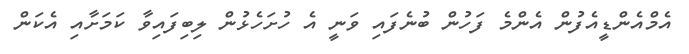
އެމްއެންޑީއެފުން އެންމެ ފަހުން ބުނެފައި ވަނީ އެ ހުށަހެޅުން ލިބިފައިވާ ކަމަށާއި އެކަން